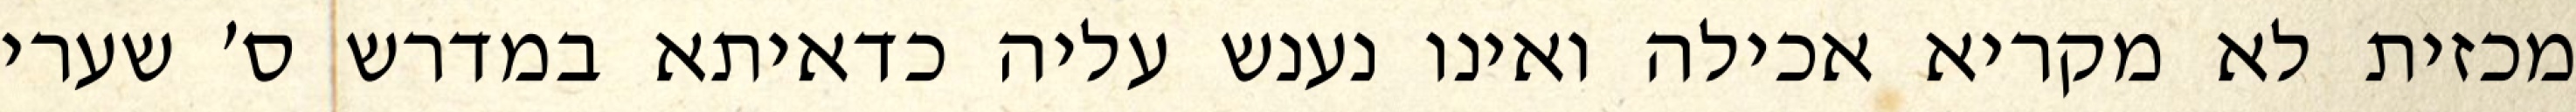
מכזית לא מקריא אכילה ואינו נענש עליה כדאיתא במדרש ס׳ שערי